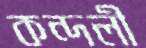
কন্দলী